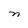
Character: n